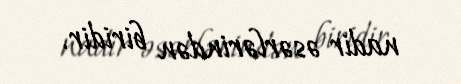
nadir əsərlərindən biridir.